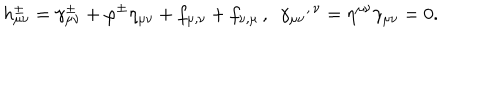
LaTeX: h _ { \mu \nu } ^ { \pm } = \gamma _ { \mu \nu } ^ { \pm } + \varphi ^ { \pm } \eta _ { \mu \nu } + f _ { \mu , \nu } + f _ { \nu , \mu } \, , \, \, \, { \gamma _ { \mu \nu } } ^ { , \, \nu } = \eta ^ { \mu \nu } \gamma _ { \mu \nu } = 0 .